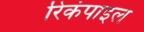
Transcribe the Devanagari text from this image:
रिकंपाइल